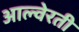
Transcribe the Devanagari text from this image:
आल्वेरती